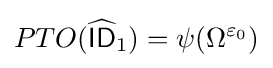
PTO({\widehat {\mathsf {ID}}}_{1})=\psi (\Omega ^{\varepsilon _{0}})